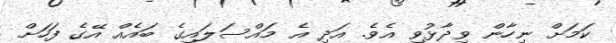
ކަމަށް ނިހާން ވިދާޅުވި އެވެ. އަދި އެ މައްސަލައިގެ ބައެއް އޭގެ ފަހަށް